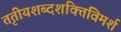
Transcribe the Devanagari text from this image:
तृतीयशब्दशक्तिविमर्श